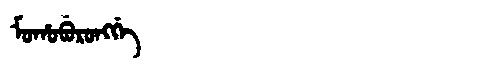
Manchu: ᠮᠣᡥᠣᠪᡠᡵᠣᠩᡤᡝ
Romanization: MOHOBURONGGE